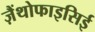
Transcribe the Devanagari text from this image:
ज़ैंथोफाइसिई